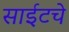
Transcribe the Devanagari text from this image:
साईटचे